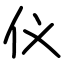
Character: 仪